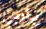
باربي